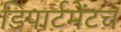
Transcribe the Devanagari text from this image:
डिपार्टमेंटच